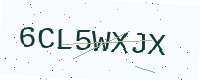
Text: 6CL5WXJX